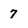
Character: 7